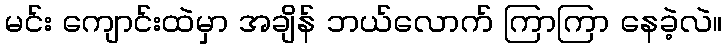
မင်း ကျောင်းထဲမှာ အချိန် ဘယ်လောက် ကြာကြာ နေခဲ့လဲ။